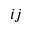
i j